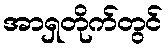
အာရှတိုက်တွင်